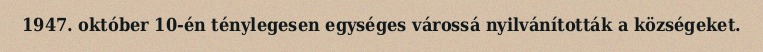
1947. október 10-én ténylegesen egységes várossá nyilvánították a községeket.